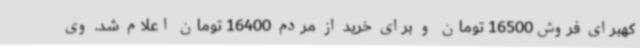
کهبرای فروش16500 تومان و برای خرید از مردم 16400 تومان اعلام شد. وی